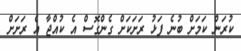
ކުރަން ކަމަށް ބުނެ ފަޅު ރަށަކަށް ގެންގޮސް އެ ކުއްޖާ އެ ރަށަށް